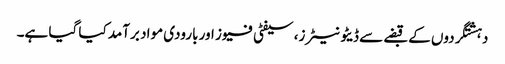
دہشتگردوں کے قبضے سے ڈیٹونیٹرز، سیفٹی فیوز اور بارودی مواد برآمد کیا گیا ہے۔